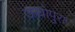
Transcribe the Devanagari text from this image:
ऊधोपुरा